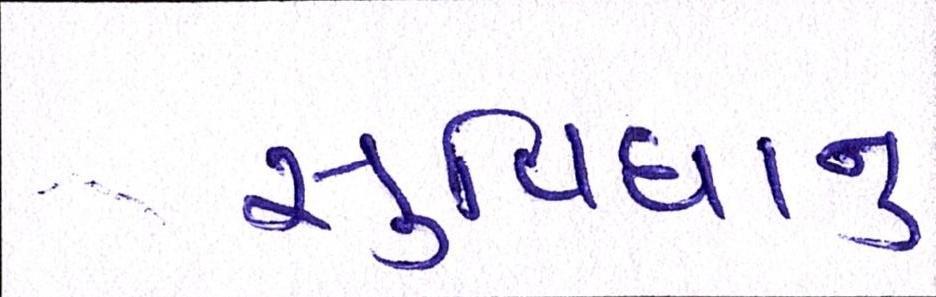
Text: સુવિધાનુ